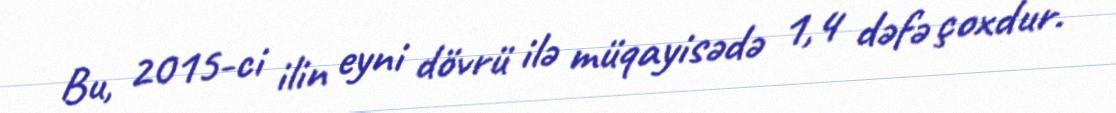
Bu, 2015-ci ilin eyni dövrü ilə müqayisədə 1,4 dəfə çoxdur.